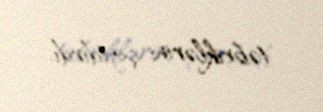
təbriklərini çatdırdı.